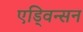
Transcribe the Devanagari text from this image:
एड्विन्सन